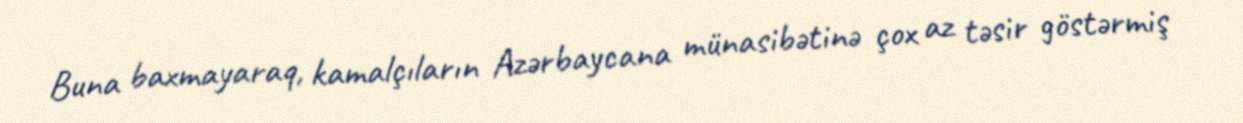
Buna baxmayaraq, kamalçıların Azərbaycana münasibətinə çox az təsir göstərmiş